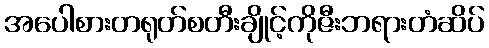
အပေါစားတရုတ်စတီးချိုင့်ကိုဇီးဘရားတံဆိပ်